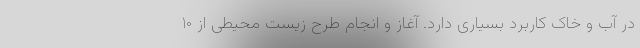
در آب و خاک کاربرد بسیاری دارد. آغاز و انجام طرح زیست محیطی از ۱۰